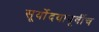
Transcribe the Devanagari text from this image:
सूर्योदयापूर्वीच